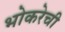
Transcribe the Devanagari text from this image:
भोकरेची